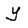
Character: Y